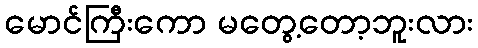
မောင်ကြီးကော မတွေ့တော့ဘူးလား